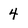
Character: 4